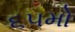
૬૫મો